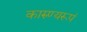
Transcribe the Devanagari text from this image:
कारुण्यरूपं